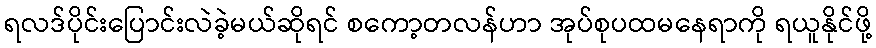
ရလဒ်ပိုင်းပြောင်းလဲခဲ့မယ်ဆိုရင် စကော့တလန်ဟာ အုပ်စုပထမနေရာကို ရယူနိုင်ဖို့